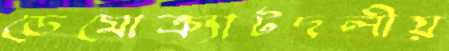
ডেমোক্র্যাটদলীয়